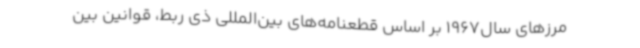
مرزهای سال1967 بر اساس قطعنامه‌های بین‌المللی ذی ربط، قوانین بین‌